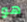
هو